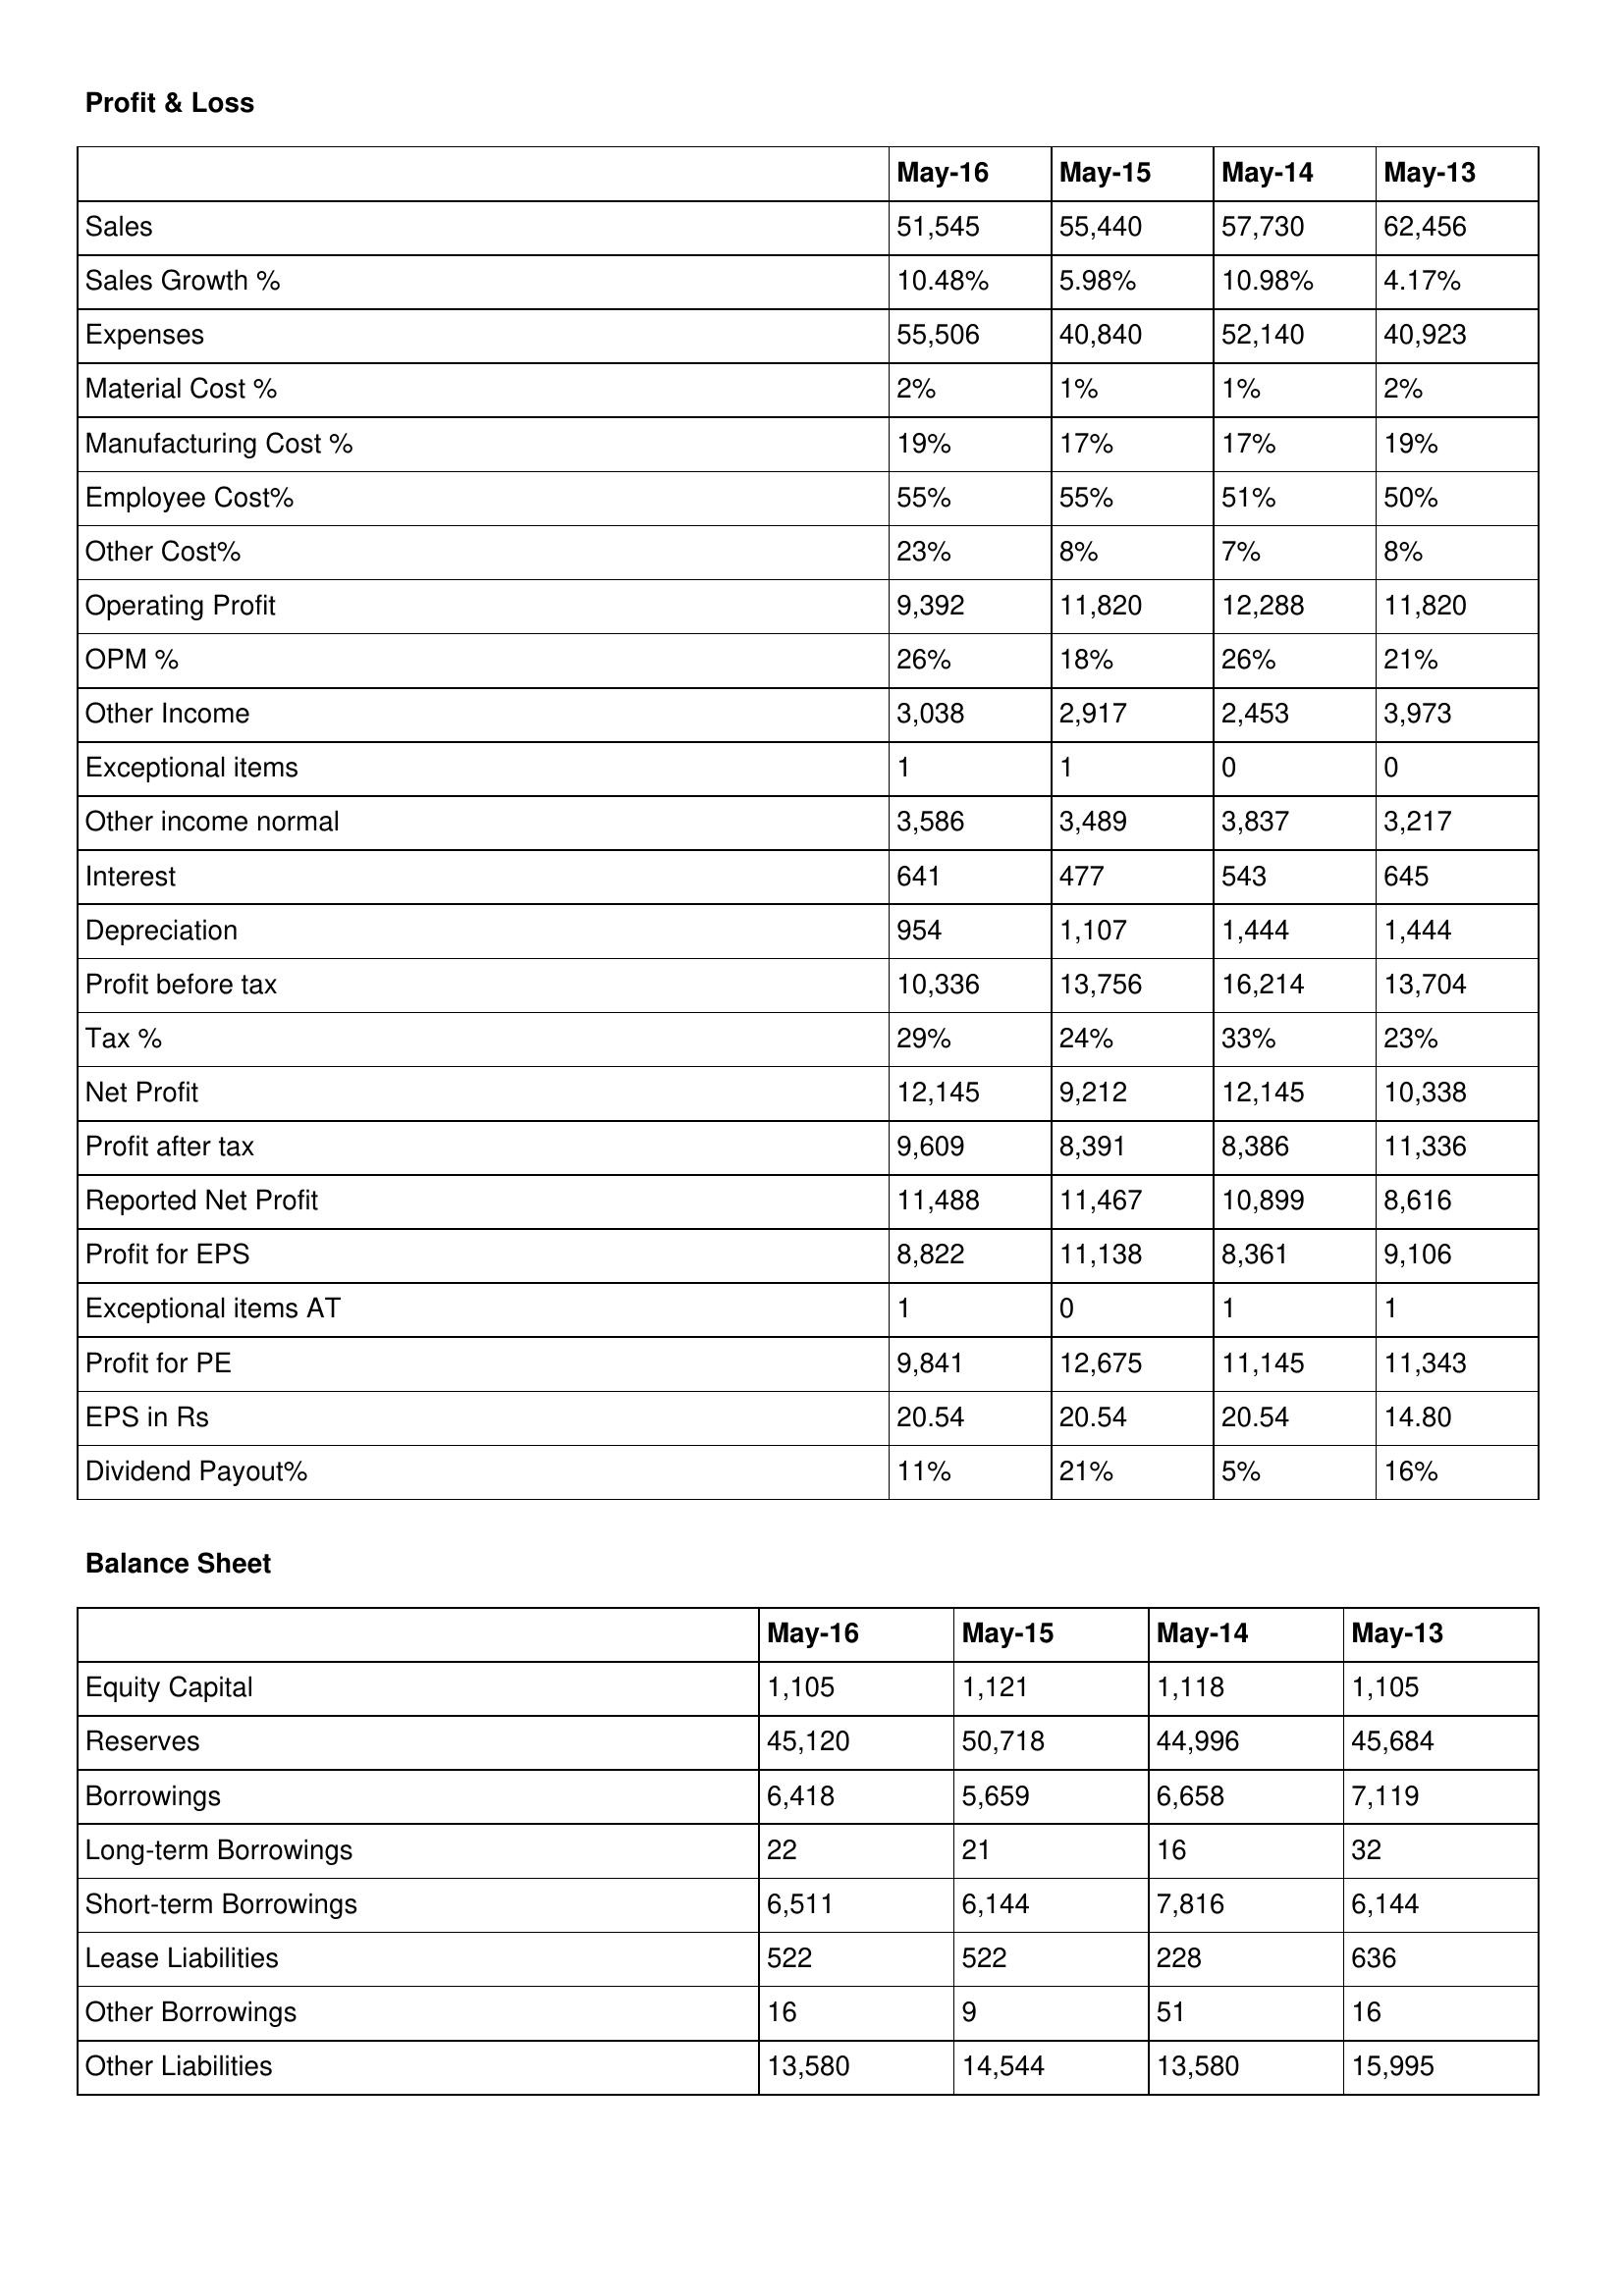
gt_parse: May-16: Profit & Loss: Sales: 51,545
Sales Growth %: 10.48%
Expenses: 55,506
Material Cost %: 2%
Manufacturing Cost %: 19%
Employee Cost%: 55%
Other Cost%: 23%
Operating Profit: 9,392
OPM %: 26%
Other Income: 3,038
Exceptional items: 1
Other income normal: 3,586
Interest: 641
Depreciation: 954
Profit before tax: 10,336
Tax %: 29%
Net Profit: 12,145
Profit after tax: 9,609
Reported Net Profit: 11,488
Profit for EPS: 8,822
Exceptional items AT: 1
Profit for PE: 9,841
EPS in Rs: 20.54
Dividend Payout%: 11%
Balance Sheet: Equity Capital: 1,105
Reserves: 45,120
Borrowings: 6,418
Long-term Borrowings: 22
Short-term Borrowings: 6,511
Lease Liabilities: 522
Other Borrowings: 16
Other Liabilities: 13,580
May-15: Profit & Loss: Sales: 55,440
Sales Growth %: 5.98%
Expenses: 40,840
Material Cost %: 1%
Manufacturing Cost %: 17%
Employee Cost%: 55%
Other Cost%: 8%
Operating Profit: 11,820
OPM %: 18%
Other Income: 2,917
Exceptional items: 1
Other income normal: 3,489
Interest: 477
Depreciation: 1,107
Profit before tax: 13,756
Tax %: 24%
Net Profit: 9,212
Profit after tax: 8,391
Reported Net Profit: 11,467
Profit for EPS: 11,138
Exceptional items AT: 0
Profit for PE: 12,675
EPS in Rs: 20.54
Dividend Payout%: 21%
Balance Sheet: Equity Capital: 1,121
Reserves: 50,718
Borrowings: 5,659
Long-term Borrowings: 21
Short-term Borrowings: 6,144
Lease Liabilities: 522
Other Borrowings: 9
Other Liabilities: 14,544
May-14: Profit & Loss: Sales: 57,730
Sales Growth %: 10.98%
Expenses: 52,140
Material Cost %: 1%
Manufacturing Cost %: 17%
Employee Cost%: 51%
Other Cost%: 7%
Operating Profit: 12,288
OPM %: 26%
Other Income: 2,453
Exceptional items: 0
Other income normal: 3,837
Interest: 543
Depreciation: 1,444
Profit before tax: 16,214
Tax %: 33%
Net Profit: 12,145
Profit after tax: 8,386
Reported Net Profit: 10,899
Profit for EPS: 8,361
Exceptional items AT: 1
Profit for PE: 11,145
EPS in Rs: 20.54
Dividend Payout%: 5%
Balance Sheet: Equity Capital: 1,118
Reserves: 44,996
Borrowings: 6,658
Long-term Borrowings: 16
Short-term Borrowings: 7,816
Lease Liabilities: 228
Other Borrowings: 51
Other Liabilities: 13,580
May-13: Profit & Loss: Sales: 62,456
Sales Growth %: 4.17%
Expenses: 40,923
Material Cost %: 2%
Manufacturing Cost %: 19%
Employee Cost%: 50%
Other Cost%: 8%
Operating Profit: 11,820
OPM %: 21%
Other Income: 3,973
Exceptional items: 0
Other income normal: 3,217
Interest: 645
Depreciation: 1,444
Profit before tax: 13,704
Tax %: 23%
Net Profit: 10,338
Profit after tax: 11,336
Reported Net Profit: 8,616
Profit for EPS: 9,106
Exceptional items AT: 1
Profit for PE: 11,343
EPS in Rs: 14.80
Dividend Payout%: 16%
Balance Sheet: Equity Capital: 1,105
Reserves: 45,684
Borrowings: 7,119
Long-term Borrowings: 32
Short-term Borrowings: 6,144
Lease Liabilities: 636
Other Borrowings: 16
Other Liabilities: 15,995